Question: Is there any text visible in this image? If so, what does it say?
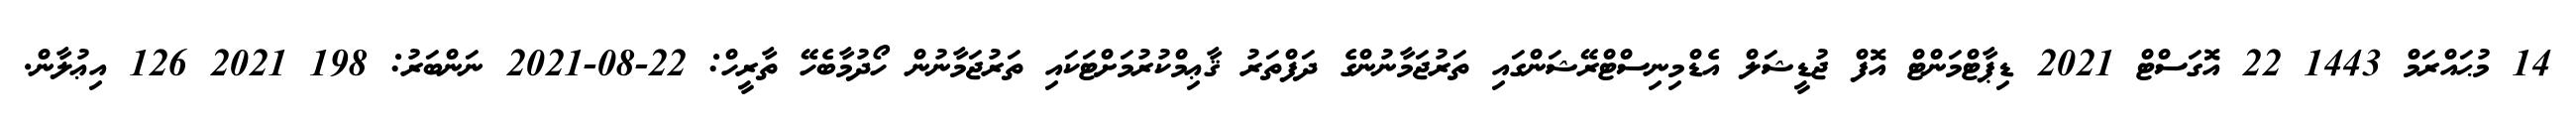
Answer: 14 މުޙައްރަމް 1443 22 އޮގަސްޓް 2021 ޑިޕާޓްމަންޓް އޮފް ޖުޑީޝަލް އެޑްމިނިސްޓްރޭޝަންގައި ތަރުޖަމާނުންގެ ދަފްތަރު ޤާޢިމްކުރުމަށްޓަކައި ތަރުޖަމާނުން ހޯދުމާބެހޭ ތާރީހް: 22-08-2021 ނަންބަރު: 198 2021 126 އިޢުލާން.